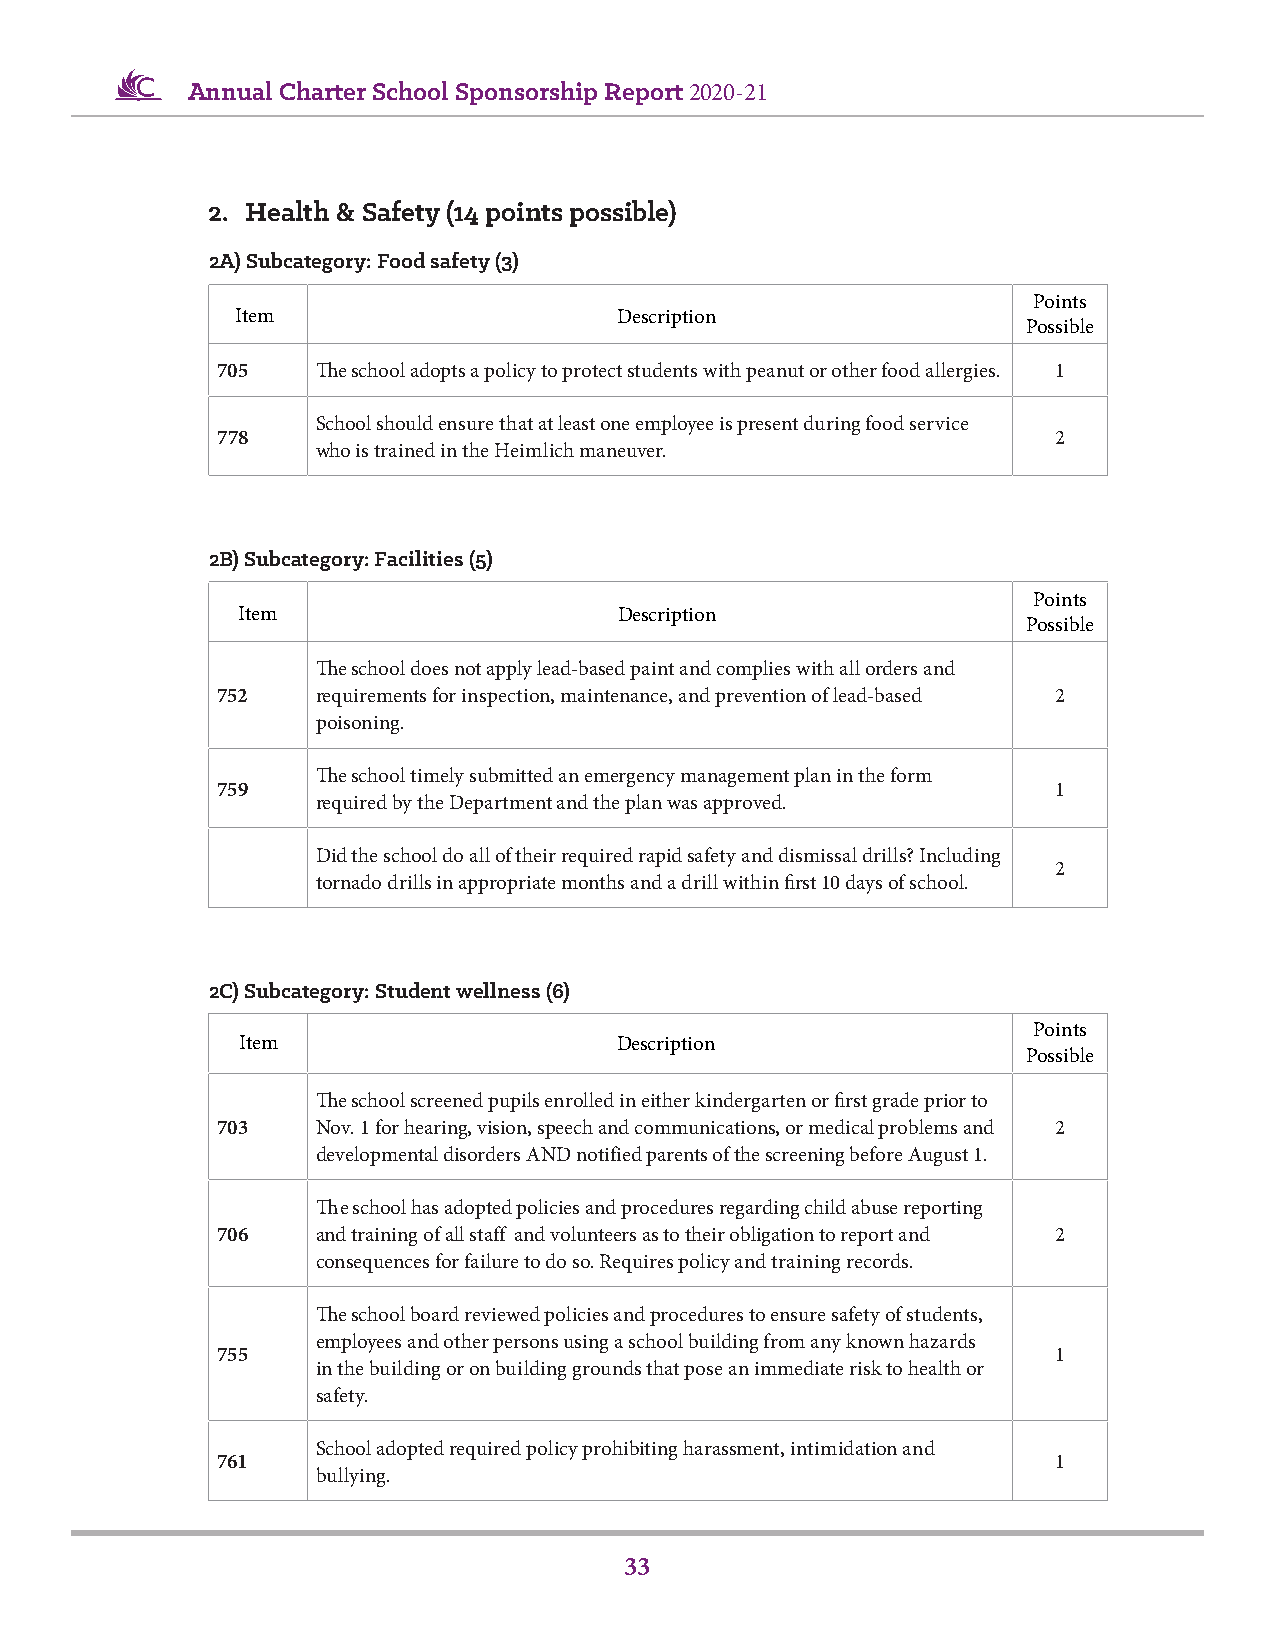
Annual Charter School Sponsorship Report 2020-21
 2. Health & Safety (14 points possible)
 2A) Subcategory: Food safety (3)
 Points
 Item                     Description
 Possible
 705    The school adopts a policy to protect students with peanut or other food allergies. 1
 School should ensure that at least one employee is present during food service
 778                                                     2
 who is trained in the Heimlich maneuver.
 2B) Subcategory: Facilities (5)
 Points
 Item                     Description
 Possible
 The school does not apply lead-based paint and complies with all orders and
 752    requirements for inspection, maintenance, and prevention of lead-based 2
 poisoning.
 The school timely submitted an emergency management plan in the form
 759                                                     1
 required by the Department and the plan was approved.
 Did the school do all of their required rapid safety and dismissal drills? Including
 2
 tornado drills in appropriate months and a drill within first 10 days of school.
 2C) Subcategory: Student wellness (6)
 Points
 Item                     Description
 Possible
 The school screened pupils enrolled in either kindergarten or first grade prior to
 703    Nov. 1 for hearing, vision, speech and communications, or medical problems and 2
 developmental disorders AND notified parents of the screening before August 1.
 The school has adopted policies and procedures regarding child abuse reporting
 706    and training of all staff and volunteers as to their obligation to report and 2
 consequences for failure to do so. Requires policy and training records.
 The school board reviewed policies and procedures to ensure safety of students,
 employees and other persons using a school building from any known hazards
 755                                                     1
 in the building or on building grounds that pose an immediate risk to health or
 safety.
 School adopted required policy prohibiting harassment, intimidation and
 761                                                     1
 bullying.
 33